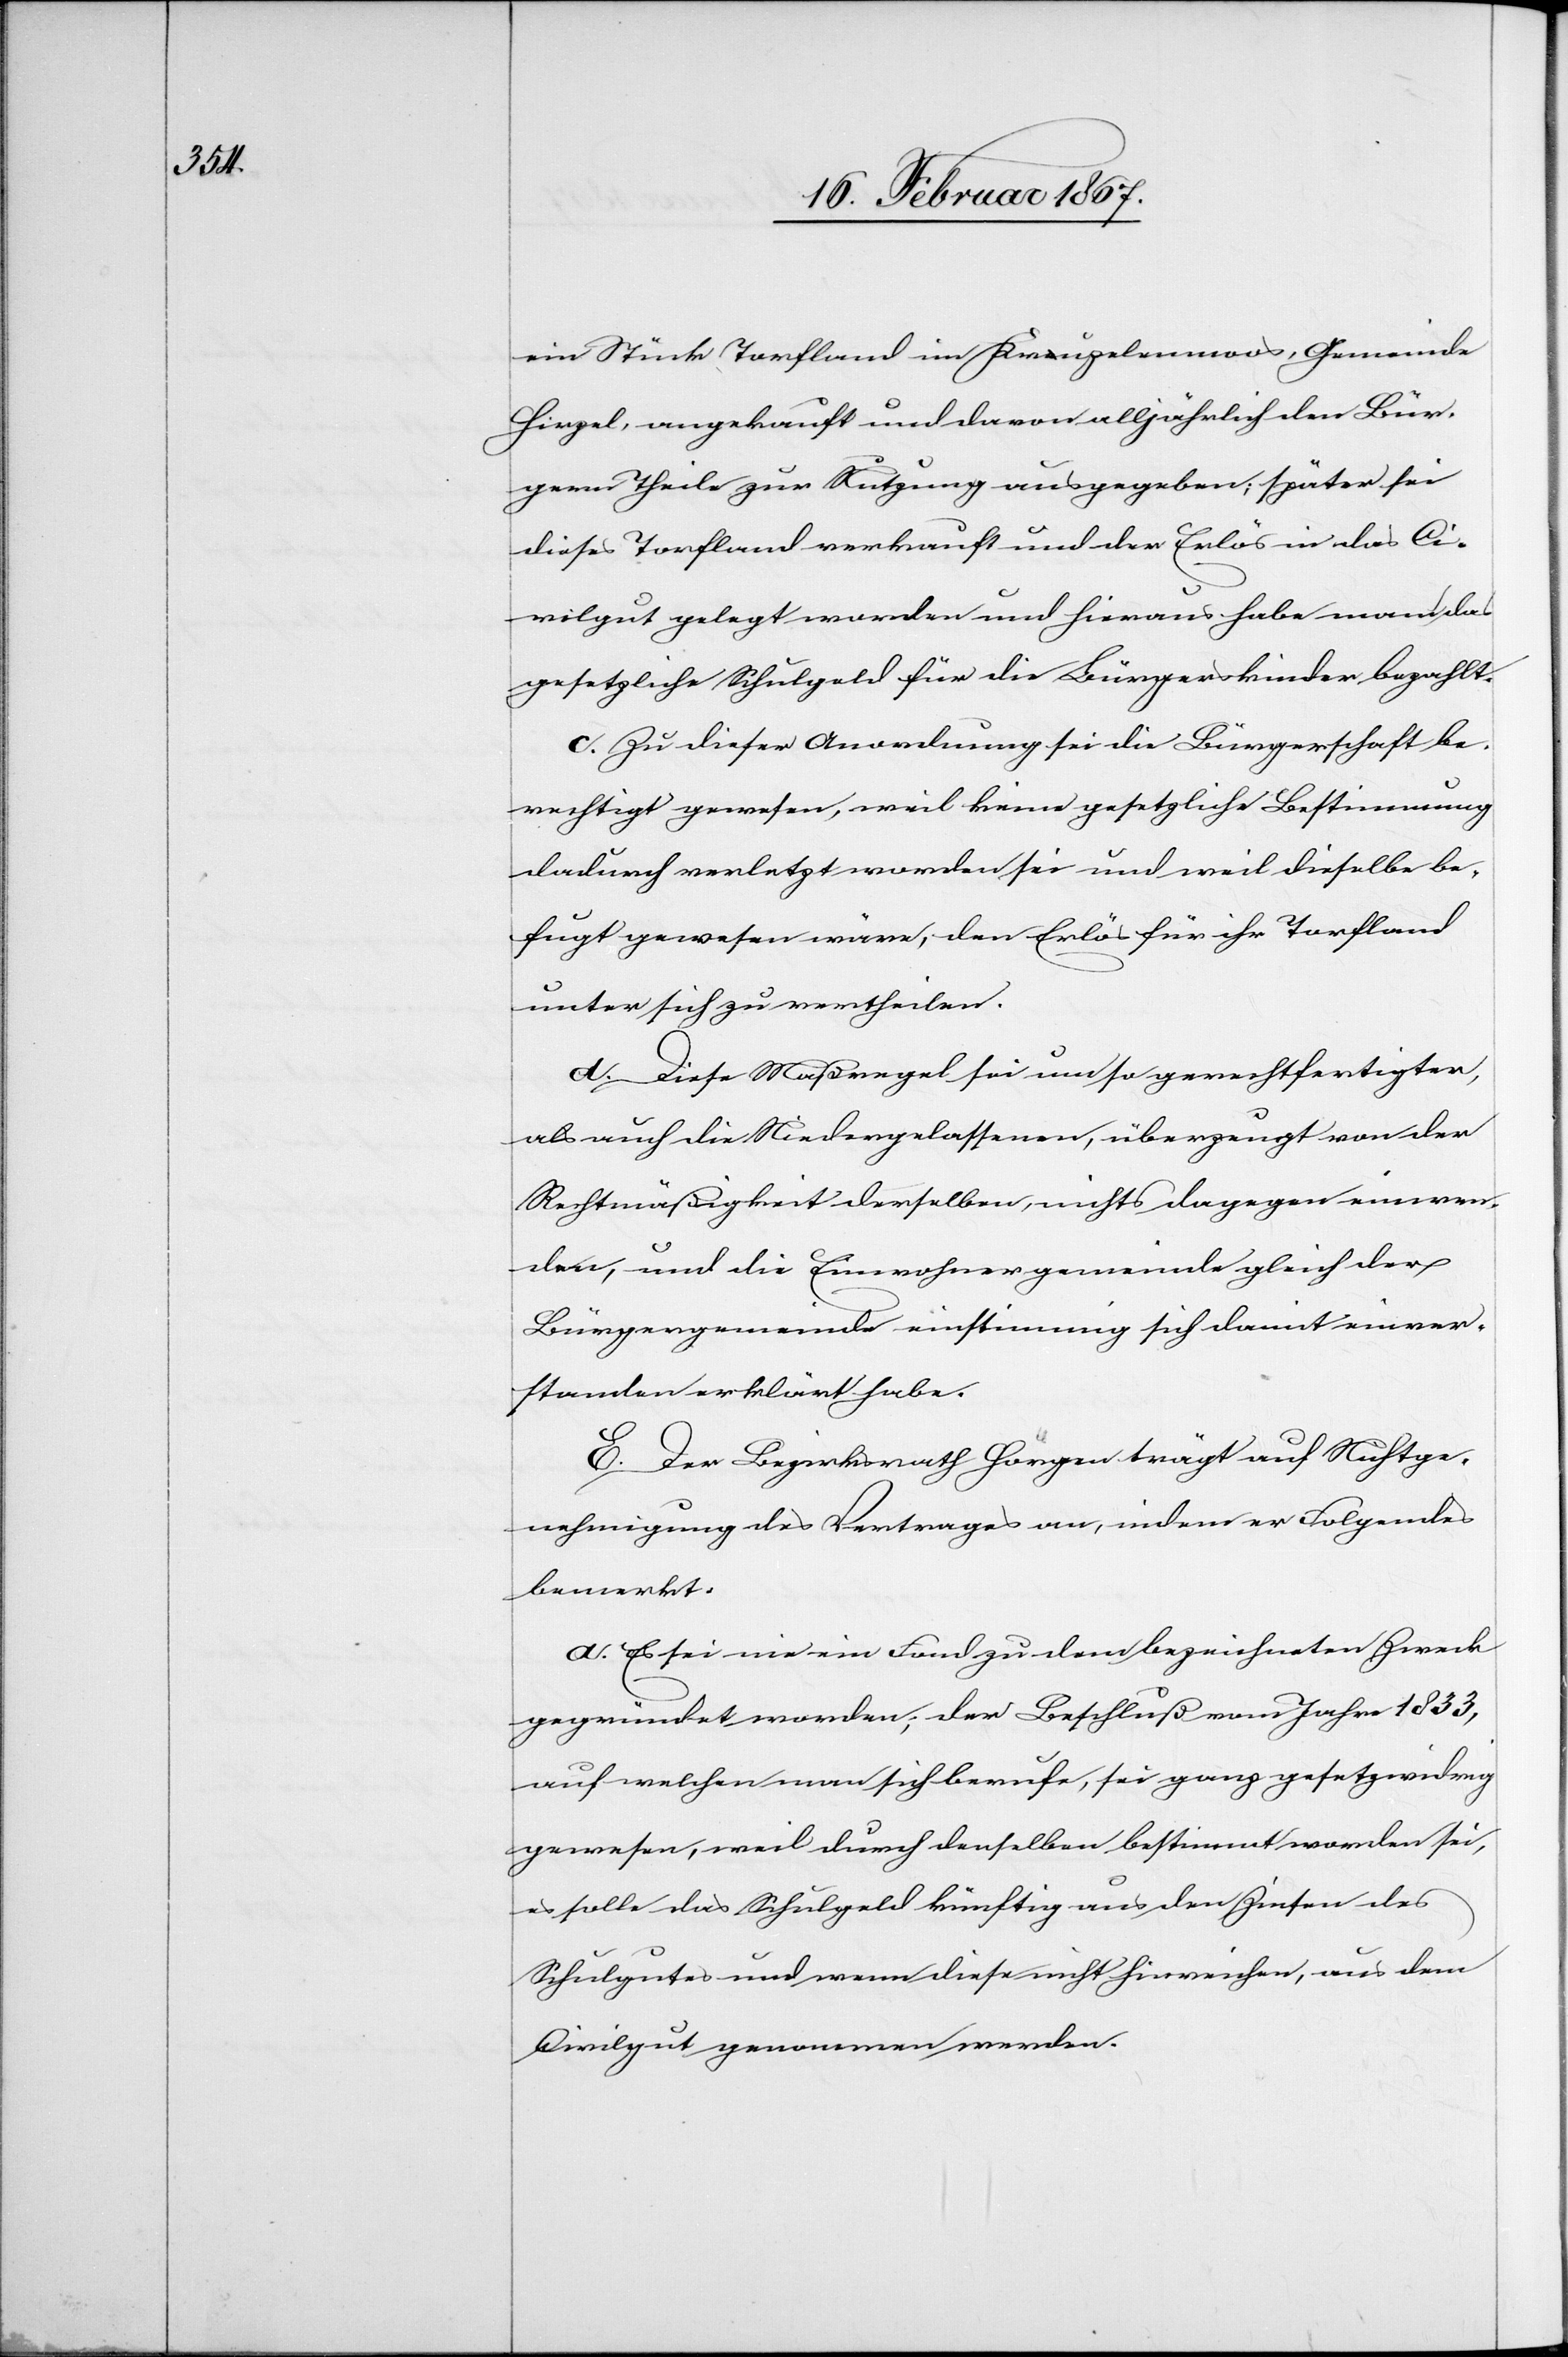
ein Stück Torfland im Kreuzelenmoos, Gemeinde
Hirzel, angekauft und davon alljährlich den Bür¬
gern Theile zur Nutzung ausgegeben; später sei
dieses Torfland verkauft und der Erlös in das Ci¬
vilgut gelegt worden und hieraus habe man das
gesetzliche Schulgeld für die Bürgerskinder bezahlt.
c. Zu dieser Anordnung sei die Bürgerschaft be¬
rechtigt gewesen, weil keine gesetzliche Bestimmung
dadurch verletzt worden sei und weil dieselbe be¬
fugt gewesen wäre, den Erlös für ihr Torfland
unter sich zu vertheilen.
d. Diese Maßregel sei um so gerechtfertigter,
als auch die Niedergelassenen, überzeugt von der
Rechtmäßigkeit derselben, nichts dagegen einwen¬
den, und die Einwohnergemeinde gleich der
Bürgergemeinde einstimmig sich damit einver¬
standen erklärt habe.
E. Der Bezirksrath Horgen trägt auf Nichtge¬
nehmigung des Vertrages an, indem er Folgendes
bemerkt:
a. Es sei nie ein Fond zu dem bezeichneten Zweck
gegründet worden; der Beschluß vom Jahre 1833,
auf welchen man sich berufe, sei ganz gesetzwidrig
gewesen, weil durch denselben bestimmt worden sei,
es solle das Schulgeld künftig aus den Zinsen des
Schulgutes und wenn diese nicht hinreichen, aus dem
Civilgut genommen werden.